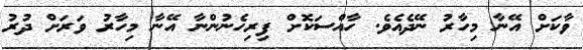
ވާކަށް އޭނާ މިހާރު ނޭދެއެވެ. ހާއްސަކޮށް ފިރިހެނުންނާ އޭނާ މިހާރު ވަރަށް ދުރު